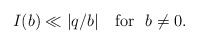
\begin{align*}I(b)\ll |q/b| \ \ \textrm{ for}\ \ b\not=0.\end{align*}